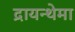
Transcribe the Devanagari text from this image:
द्रायन्थेमा